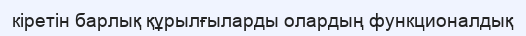
кіретін барлық құрылғыларды олардың функционалдық